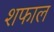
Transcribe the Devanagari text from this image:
शफाल